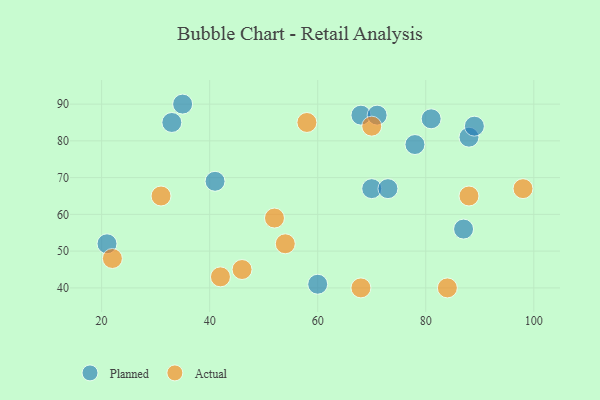
{"axis": {"x": "GDP", "y": "Life Expectancy"}, "legend": ["Actual", "Planned"], "data": [{"x": "88", "y": 81, "type": "Planned"}, {"x": "21", "y": 52, "type": "Planned"}, {"x": "70", "y": 67, "type": "Planned"}, {"x": "89", "y": 84, "type": "Planned"}, {"x": "73", "y": 67, "type": "Planned"}, {"x": "81", "y": 86, "type": "Planned"}, {"x": "60", "y": 41, "type": "Planned"}, {"x": "35", "y": 90, "type": "Planned"}, {"x": "87", "y": 56, "type": "Planned"}, {"x": "33", "y": 85, "type": "Planned"}, {"x": "68", "y": 87, "type": "Planned"}, {"x": "71", "y": 87, "type": "Planned"}, {"x": "78", "y": 79, "type": "Planned"}, {"x": "41", "y": 69, "type": "Planned"}, {"x": "46", "y": 45, "type": "Actual"}, {"x": "22", "y": 48, "type": "Actual"}, {"x": "54", "y": 52, "type": "Actual"}, {"x": "84", "y": 40, "type": "Actual"}, {"x": "88", "y": 65, "type": "Actual"}, {"x": "31", "y": 65, "type": "Actual"}, {"x": "68", "y": 40, "type": "Actual"}, {"x": "42", "y": 43, "type": "Actual"}, {"x": "70", "y": 84, "type": "Actual"}, {"x": "98", "y": 67, "type": "Actual"}, {"x": "52", "y": 59, "type": "Actual"}, {"x": "58", "y": 85, "type": "Actual"}]}